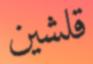
قلشين